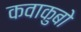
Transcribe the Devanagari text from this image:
कवाकुबो